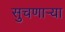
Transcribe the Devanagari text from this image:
सुचणार्‍या